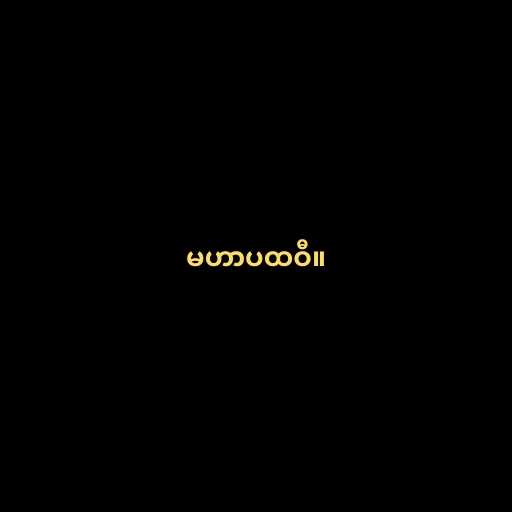
မဟာပထဝီ။